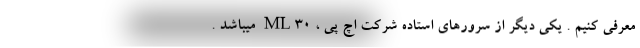
معرفی کنیم . یکی دیگر از سرورهای استاده شرکت اچ پی ، ML30 میباشد .